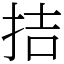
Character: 拮